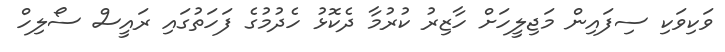
ވަކިވަކި ސިފައިން މަޖިލީހަށް ހާޒިރު ކުރުމާ ދެކޮޅު ހެެދުމުގެ ފަހަތުގައި ރައީސް ސޯލިހް